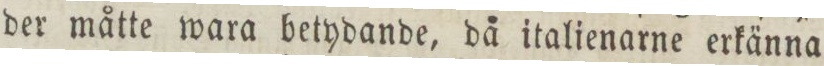
der måtte wara betydande, då italienarne erkänna